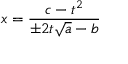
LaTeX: x = { \frac { c - t ^ { 2 } } { \pm 2 t { \sqrt { a } } - b } }